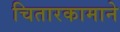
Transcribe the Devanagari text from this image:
चितारकामाने